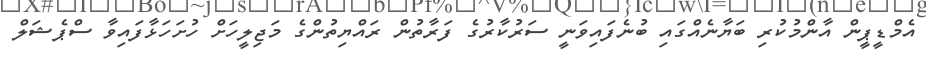
އެމްޑީޕީން އާންމުކުރި ބަޔާނެއްގައި ބުނެފައިވަނީ ސަރުކާރުގެ ފަރާތުން ރައްޔިތުންގެ މަޖިލީހަށް ހުށަހަޅާފައިވާ ސްޕެޝަލް